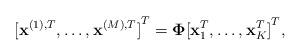
LaTeX: \begin{align*}{[ {{{\mathbf{x}}^{( 1),T}}, \ldots ,{{\mathbf{x}}^{(M),T}}}]}^T=\mathbf{\Phi}{[ {{\mathbf{x}}_1^T, \ldots ,{\mathbf{x}}_{{K}}^T} ]}^T,\end{align*}